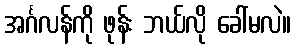
အင်္ဂလန်ကို ဖုန်း ဘယ်လို ခေါ်မလဲ။